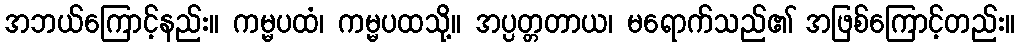
အဘယ်ကြောင့်နည်း။ ကမ္မပထံ၊ ကမ္မပထသို့။ အပ္ပတ္တတာယ၊ မရောက်သည်၏ အဖြစ်ကြောင့်တည်း။